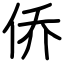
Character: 侨